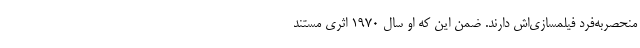
منحصربه‌فرد فیلمسازی‌اش دارند. ضمن این‌ که او سال ۱۹۷۰ اثری مستند